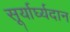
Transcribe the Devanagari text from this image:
सूर्यार्घ्यदान